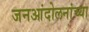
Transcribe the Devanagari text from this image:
जनआंदोलनांच्या